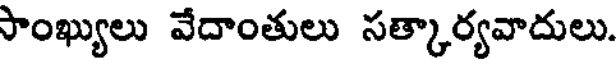
సాంఖ్యులు వేదాంతులు సత్కార్యవాదులు.